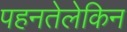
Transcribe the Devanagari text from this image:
पहनतेलेकिन